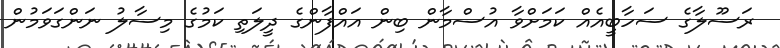
ރަސޫލާގެ ސަހާބީއެއް ކަމަށްވާ އުސްމާން ބިން އައްފާންގެ ދީލަތި ކަމުގެ މިސާލު ނަންގަވަމުން